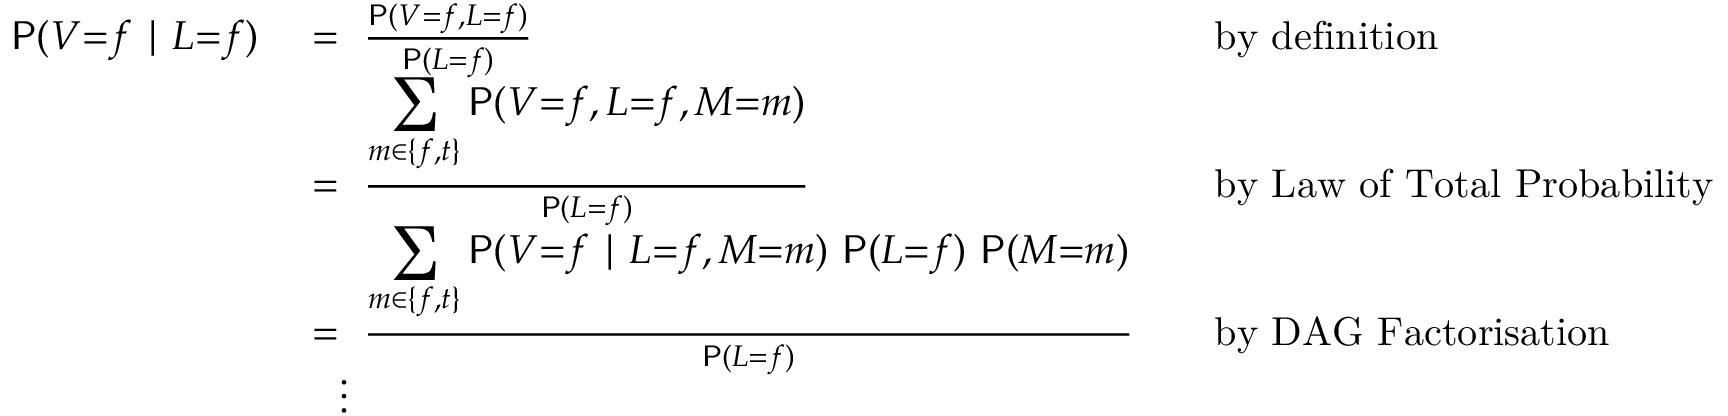
\begin{array} { r l r l } { \mathsf P ( V { = } f \mid L { = } f ) ~ } & { = ~ \frac { \mathsf P ( V { = } f , L { = } f ) } { \mathsf P ( L { = } f ) } } & & { \mathrm { b y ~ d e f i n i t i o n } } \\ & { = ~ \frac { \displaystyle \sum _ { m \in \{ f , t \} } \mathsf P ( V { = } f , L { = } f , M { = } m ) } { \mathsf P ( L { = } f ) } } & & { \mathrm { b y ~ L a w ~ o f ~ T o t a l ~ P r o b a b i l i t y } } \\ & { = ~ \frac { \displaystyle \sum _ { m \in \{ f , t \} } \mathsf P ( V { = } f \mid L { = } f , M { = } m ) ~ \mathsf P ( L { = } f ) ~ \mathsf P ( M { = } m ) } { \mathsf P ( L { = } f ) } } & & { \mathrm { b y ~ D A G ~ F a c t o r i s a t i o n } } \\ & { ~ ~ \vdots } \end{array}